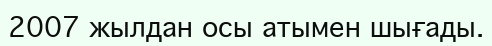
2007 жылдан осы атымен шығады.